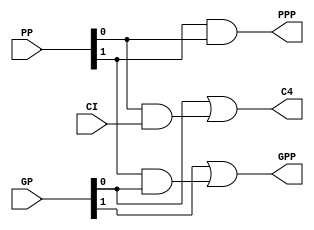
module CLA_Gen_2Bits(PPP,GPP,C4,PP,GP,CI);
  output          PPP, GPP, C4;
  input  [1:0]    PP, GP;
  input           CI;
  assign C4=GP[0] | PP[0]&CI,
         GPP=GP[1] | PP[1]&GP[0],
         PPP=PP[1]&PP[0];
endmodule